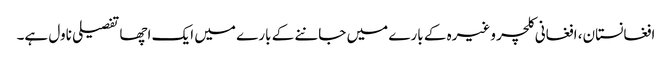
افغانستان، افغانی کلچر وغیرہ کے بارے میں جاننے کے بارے میں ایک اچھا تفصیلی ناول ہے۔